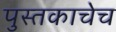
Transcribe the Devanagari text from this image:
पुस्तकाचेच